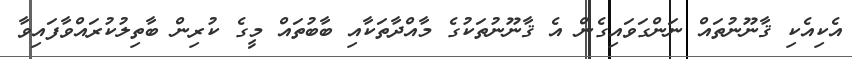
އެކިއެކި ޤާނޫނުތައް ނަންގަވައިގެން އެ ޤާނޫނުތަކުގެ މާއްދާތަކާއި ބާބުތައް މީގެ ކުރިން ބާތިލުކުރައްވާފައިވާ